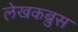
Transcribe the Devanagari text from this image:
लेखकब्रुस